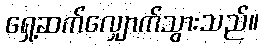
ရှေ့ဆက်လျှောက်သွားသည်။